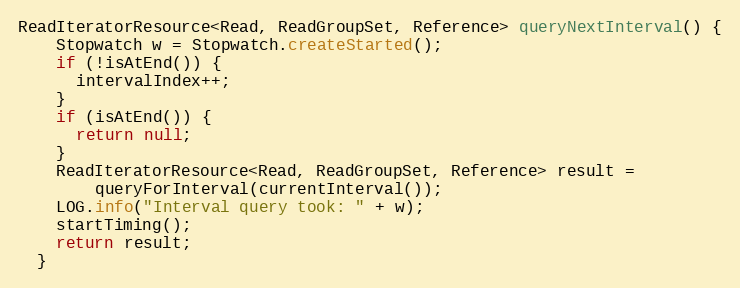
Language: Java
ReadIteratorResource<Read, ReadGroupSet, Reference> queryNextInterval() {
    Stopwatch w = Stopwatch.createStarted();
    if (!isAtEnd()) {
      intervalIndex++;
    }
    if (isAtEnd()) {
      return null;
    }
    ReadIteratorResource<Read, ReadGroupSet, Reference> result =
        queryForInterval(currentInterval());
    LOG.info("Interval query took: " + w);
    startTiming();
    return result;
  }